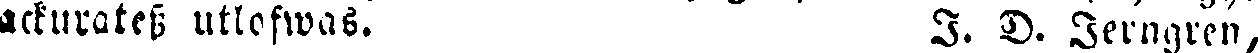
ackurates utlofwas. I. D. Jerngren,